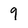
Character: 9